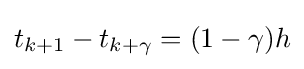
t_{k+1}-t_{k+\gamma }=(1-\gamma )h